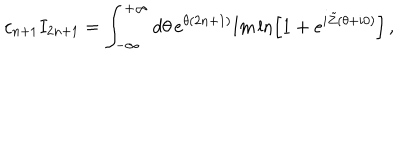
c _ { n + 1 } I _ { 2 n + 1 } = \int _ { - \infty } ^ { + \infty } d \theta \, e ^ { \theta ( 2 n + 1 ) } { \mathrm { I m } } \ln \left[ 1 + e ^ { i \tilde { Z } ( \theta + i 0 ) } \right] \, ,